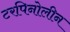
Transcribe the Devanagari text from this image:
टरपिनोलीन